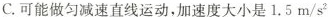
C.可能做匀减速直线运动，加速度大小是 1.5m/s^{2}